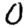
Digit: 0